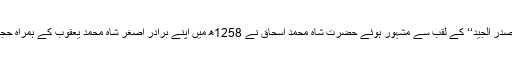
درس حدیث کے اس اہتمام کی وجہ سے ’’ الصدر الجید‘‘ کے لقب سے مشہور ہوئے حضرت شاہ محمد اسحاق نے 1258ھ میں اپنے برادر اصغر شاہ محمد یعقوب کے ہمراہ حجاز ہجرت کی وہاں بھی تدریس ہی مشغلہ تھا۔